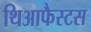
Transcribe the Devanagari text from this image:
थिआफैस्टस